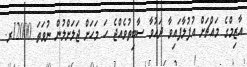
އާޒިމްގެ މައްޗަށް އުފުލާފައިވާ ދައުވާ ސާބިތުވެއްޖެ ހަ މަހަށް ޖަލަށްލުން ނުވަތަ 12000ރ.